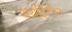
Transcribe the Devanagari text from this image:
अर्थ्राईटीस